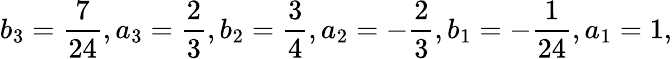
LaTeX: b_{3}=\frac{7}{24},a_{3}=\frac{2}{3},b_{2}=\frac{3}{4},a_{2}=-\frac{2}{3},b_{1}=-\frac{1}{24},a_{1}=1,